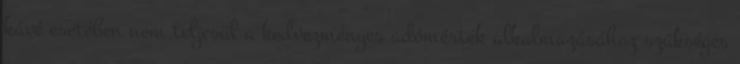
kávé esetében nem teljesül a kedvezményes adómérték alkalmazásához szükséges